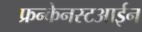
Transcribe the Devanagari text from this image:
फ्रन्केनस्टआईन